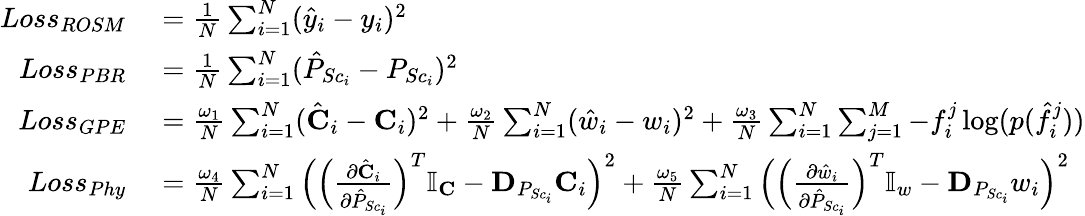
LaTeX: \begin{array}{rl}{Loss_{ROSM}}&{{}=\frac{1}{N}\sum_{i=1}^{N}(\hat{y}_{i}-y_{i})^{2}}\\ {Loss_{PBR}}&{{}=\frac{1}{N}\sum_{i=1}^{N}(\hat{P}_{{Sc}_{i}}-P_{{Sc}_{i}})^{2}}\\ {Loss_{GPE}}&{{}=\frac{\omega_{1}}{N}\sum_{i=1}^{N}(\hat{\textbf{C}}_{i}-\textbf{C}_{i})^{2}+\frac{\omega_{2}}{N}\sum_{i=1}^{N}(\hat{w}_{i}-w_{i})^{2}+\frac{\omega_{3}}{N}\sum_{i=1}^{N}\sum_{j=1}^{M}-f_{i}^{j}\log(p(\hat{f}_{i}^{j}))}\\ {Loss_{Phy}}&{{}=\frac{\omega_{4}}{N}\sum_{i=1}^{N}\Big(\Big(\frac{\partial\hat{\textbf{C}}_{i}}{\partial\hat{P}_{{Sc}_{i}}}\Big)^{T}\mathbb{I}_{\textbf{C}}-\textbf{D}_{P_{{Sc}_{i}}}\textbf{C}_{i}\Big)^{2}+\frac{\omega_{5}}{N}\sum_{i=1}^{N}\Big(\Big(\frac{\partial\hat{w}_{i}}{\partial\hat{P}_{{Sc}_{i}}}\Big)^{T}\mathbb{I}_{w}-\textbf{D}_{P_{{Sc}_{i}}}w_{i}\Big)^{2}}\end{array}